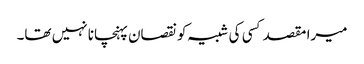
میرا مقصد کسی کی شبیہ کونقصان پہنچانا نہیں تھا۔